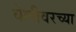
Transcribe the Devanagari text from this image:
वेलीवरच्या